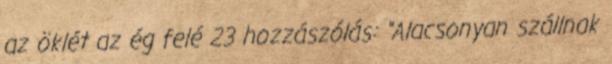
az öklét az ég felé 23 hozzászólás: “Alacsonyan szállnak